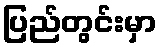
ပြည်တွင်းမှာ